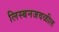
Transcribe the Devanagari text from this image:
लिस्बनजवळील